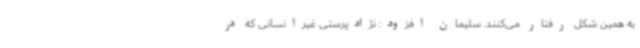
به همین شکل رفتار می‌کنند. سلیمان افزود: نژادپرستی غیرانسانی که در